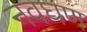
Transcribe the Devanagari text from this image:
नवघण